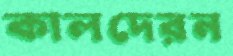
কালদেরন